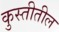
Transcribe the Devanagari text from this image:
कुस्तीतील